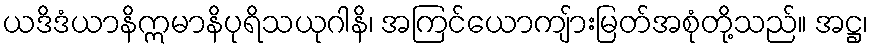
ယဒိဒံယာနိဣမာနိပုရိသယုဂါနိ၊ အကြင်ယောကျ်ားမြတ်အစုံတို့သည်။ အဋ္ဌ၊